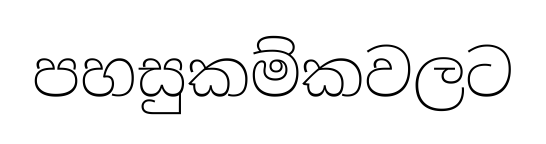
පහසුකම්කවලට